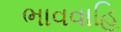
ભાવવાહિ